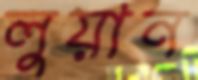
লুয়ান